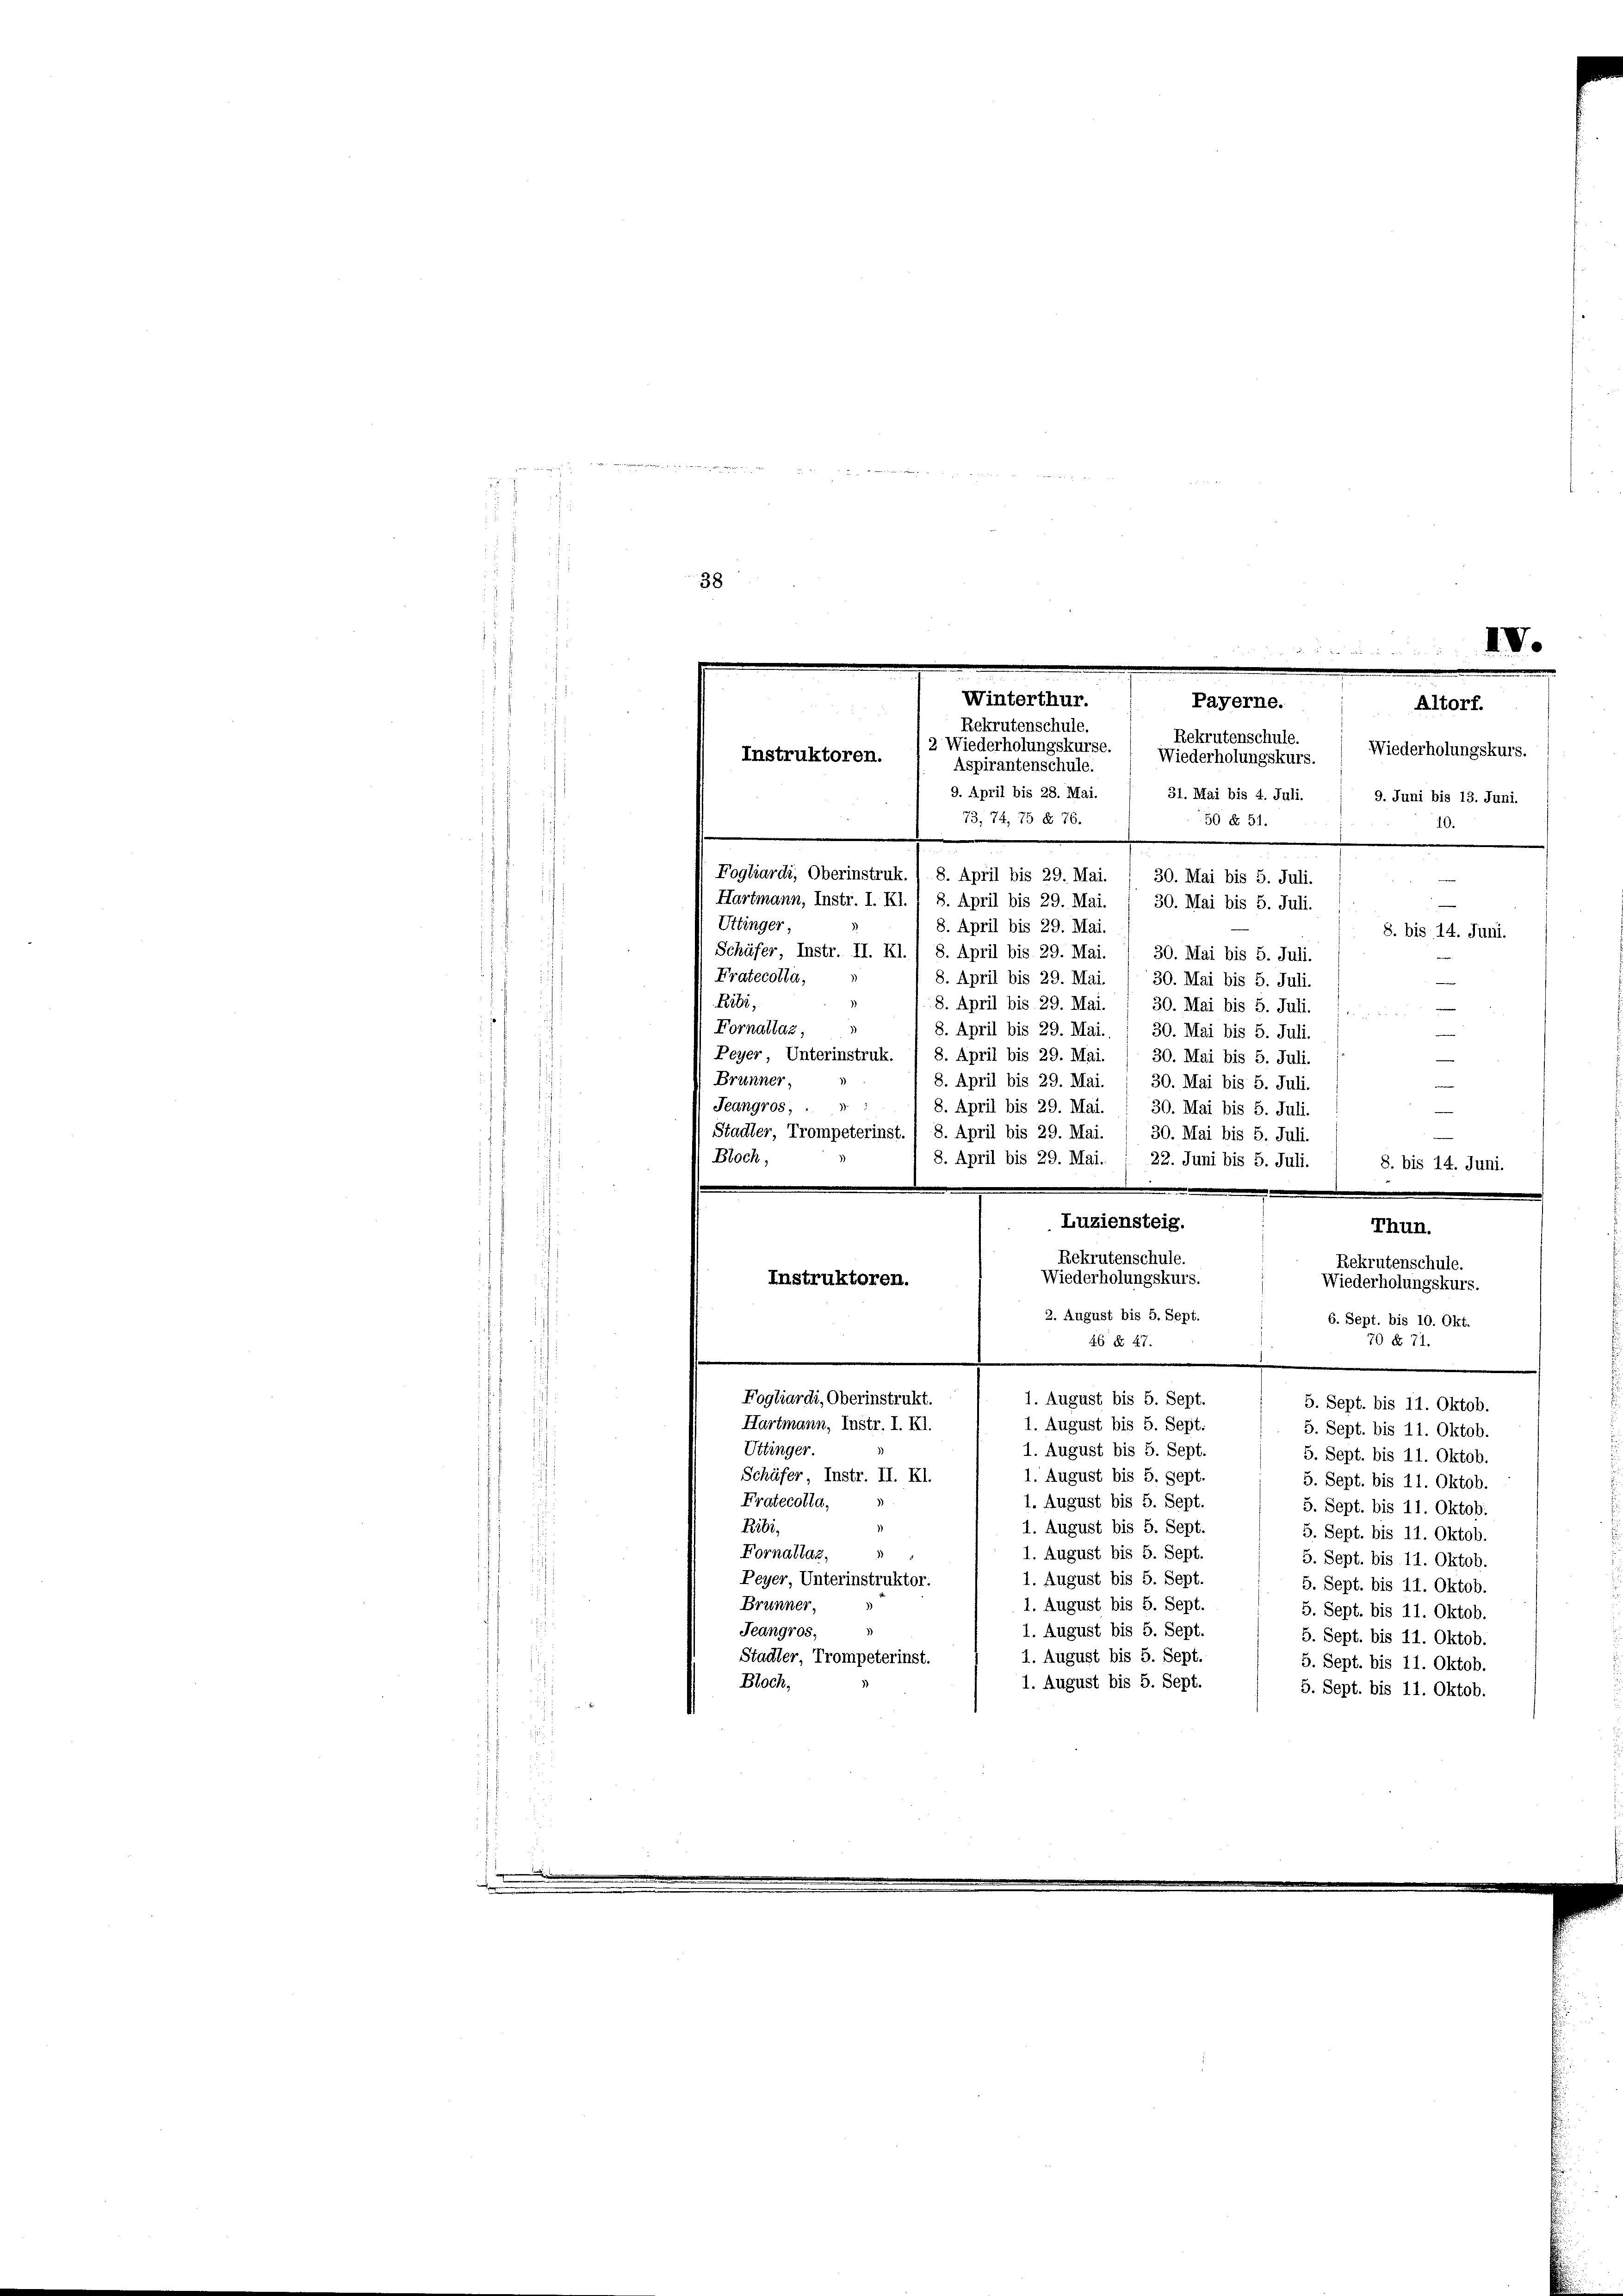
E S t
f

38
e
e

Winterthur.
Payerne.
Rekrutenschule.
Rekrutenschule.
2 Wiederholungskurse. ( Wiederholungskurs.
Instruktoren.
Aspirantenschule.
9. April bis 28. Mai. / 31. Mai bis 4. Juli.
73, 74, 75 § 76.
50 § 51.
Fogliardi, Oberinstruk. ) 8. April bis 29. Mai.
30. Mai bis 5. Juli.
Hartmann, Instr. I. Kl. : 8. April bis 29. Mai. / 30. Mai bis 5. Juli.
f
Uttinger,
8. April bis 29. Mai.
Schäfer Instr. II. Kl. / 8. April bis 29. Mai. 1. 30. Mai bis 5. Juli.
s
Fratecotta,
8. April bis 29. Mai.
30. Mai bis 5. Juli.
Ribi,
8. April bis 29. Mai.
30. Mai bis 5. Juli.
Fornattas,
8. April bis 29. Mai.
30. Mai bis 5. Juli.
Peyer Unterinstruk. / 8. April bis 29. Mai. / 30. Mai bis 5. Juli
Brünner,
8. April bis 29. Mai. / 30. Mai bis 5. Juli

V
Altorf.

.
8. bis 14. Juni.
e
22. Juni bis 5. Juli.
8. bis 14. Juni.
e
Thun.
Rekrutenschule.
Rekrutenschule.
Wiederholungskurs.
Wiederholungskurs.

Jeangros, . .
8. April bis 29. Mai. : 30. Mai bis 5. Juli.
Stadter, Trompeterinst. I 8. April bis 29. Mai. / 30. Mai bis 5. Juli.
Bloch,
8. April bis 29. Mai.
Luziensteig.
Instruktoren.
2. August bis 5. Sept.
6. Sept. bis 10. Okt.
70 No 71.
46 Nr 47.
Fogliardi, Oberinstrukt.
1. August bis 5. Sept.
5. Sept. bis 11. Oktob.
1. August bis 5. Sept.
Hartmann, Instr. I. Kl.
5. Sept. bis 11. Oktob.
Uttinger.
1. August bis 5. Sept.
5. Sept. bis 11. Oktob.
Schüfer Instr. II. XI.
1. August bis 5. Sept.
5. Sept. bis 11. Oktob.
Fratecolla,
1. August bis 5. Sept
5. Sept. bis 11. Oktob.
1. August bis 5. Sept.
Ribi,
5. Sept. bis 11. Oktob.
Fornallaz,
1. August bis 5. Sept.
5. Sept. bis 11. Oktob.
1. August bis 5. Sept.
Peyer, Unterinstruktor.
5. Sept. bis 11. Oktob.
Brunner,
1. August bis 5. Sept.
5. Sept. bis 11. Oktob
1. August bis 5. Sept.
Jeangros,
5. Sept. bis 11. Oktob.
1. August bis 5. Sept.
Stadter, Trompeterinst.
5. Sept. bis 11. Oktob.
Bloch,
1. August bis 5. Sept.
5. Sept. bis 11. Oktob.

Niederholungskurs.
e
9. Juni bis 13. Juni.
10.